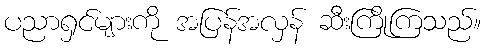
ပညာရှင်များကို အပြန်အလှန် ဆီးကြိုကြသည်။